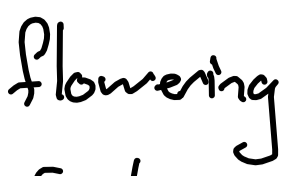
Text: flowering
Cross-out: clean
Writing tool: digital_black